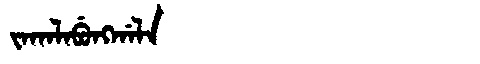
Manchu: ᠵᠠᡴᠠᠯᠠᠪᡠᠩᡤᠠᠯᠠ
Romanization: JAKALABUNGGALA